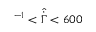
^ { - 1 } < \hat { \dot { \Gamma } } < 6 0 0